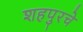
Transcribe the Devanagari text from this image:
शहपुरचे